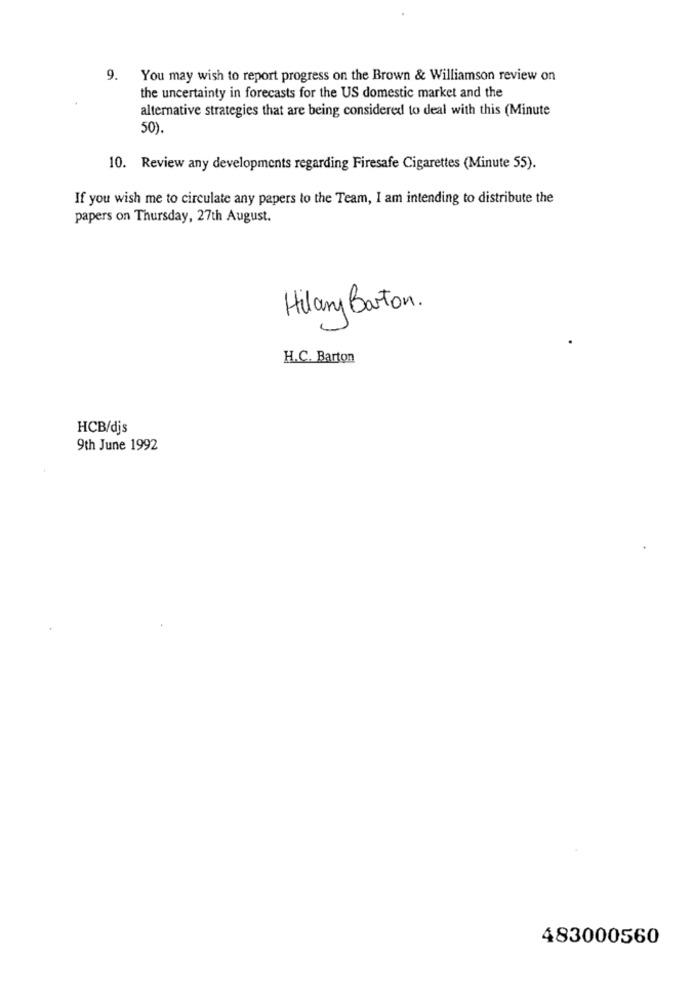
9.
You may wish to report progress on the Brown & Williamson review on
the uncertainty in forecasts for the US domestic market and the
alternative strategies that are being considered to deal with this (Minute
50).
10. Review any developments regarding Firesafe Cigarettes (Minute 55).
If you wish me to circulate any papers to the Team, I am intending to distribute the
papers on Thursday, 27th August.
Hilary Barton.
H.C. Barton
HCB/djs
9th June 1992
483000560